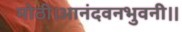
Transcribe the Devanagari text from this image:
मोठी।आनंदवनभुवनी।।